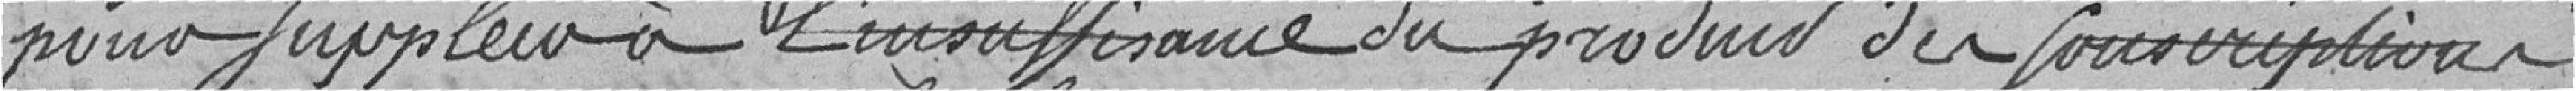
pour suppléer à l'insuffisance du produit des souscriptions